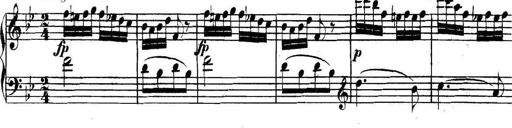
Title: Collected Piano Sonatas
Composer: Muzio Clementi